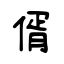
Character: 偦